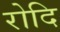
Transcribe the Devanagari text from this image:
रोदि